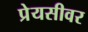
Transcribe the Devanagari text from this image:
प्रेयसीवर